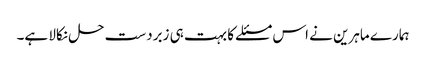
ہمارے ماہرین نے اس مسئلے کا بہت ہی زبردست حل نکالا ہے۔